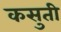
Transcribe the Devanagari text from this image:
कसुती